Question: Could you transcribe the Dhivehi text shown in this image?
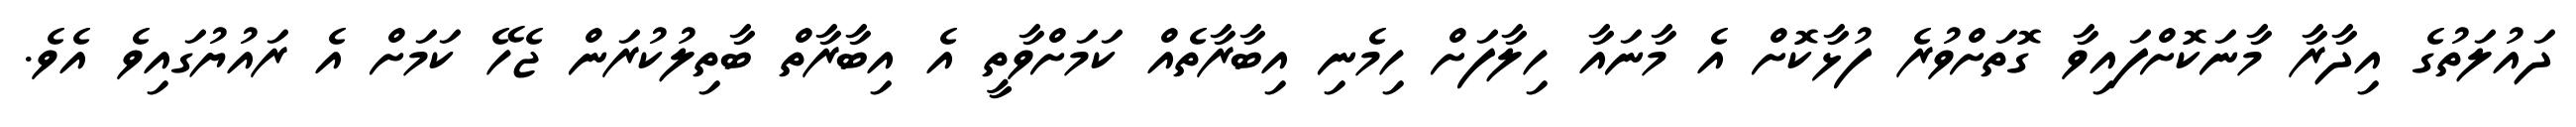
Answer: ދައުލަތުގެ އިދާރާ މާނަކޮށްފައިވާ ގޮތަށްވުރެ ފުޅާކޮށް އެ މާނައާ ހިލާފަށް ހިމެނި އިބާރާތެއް ކަމަށްވާތީ އެ އިބާރާތް ބާތިލުކުރަން ޖެހޭ ކަމަށް އެ ރައުޔުގައިވެ އެވެ.